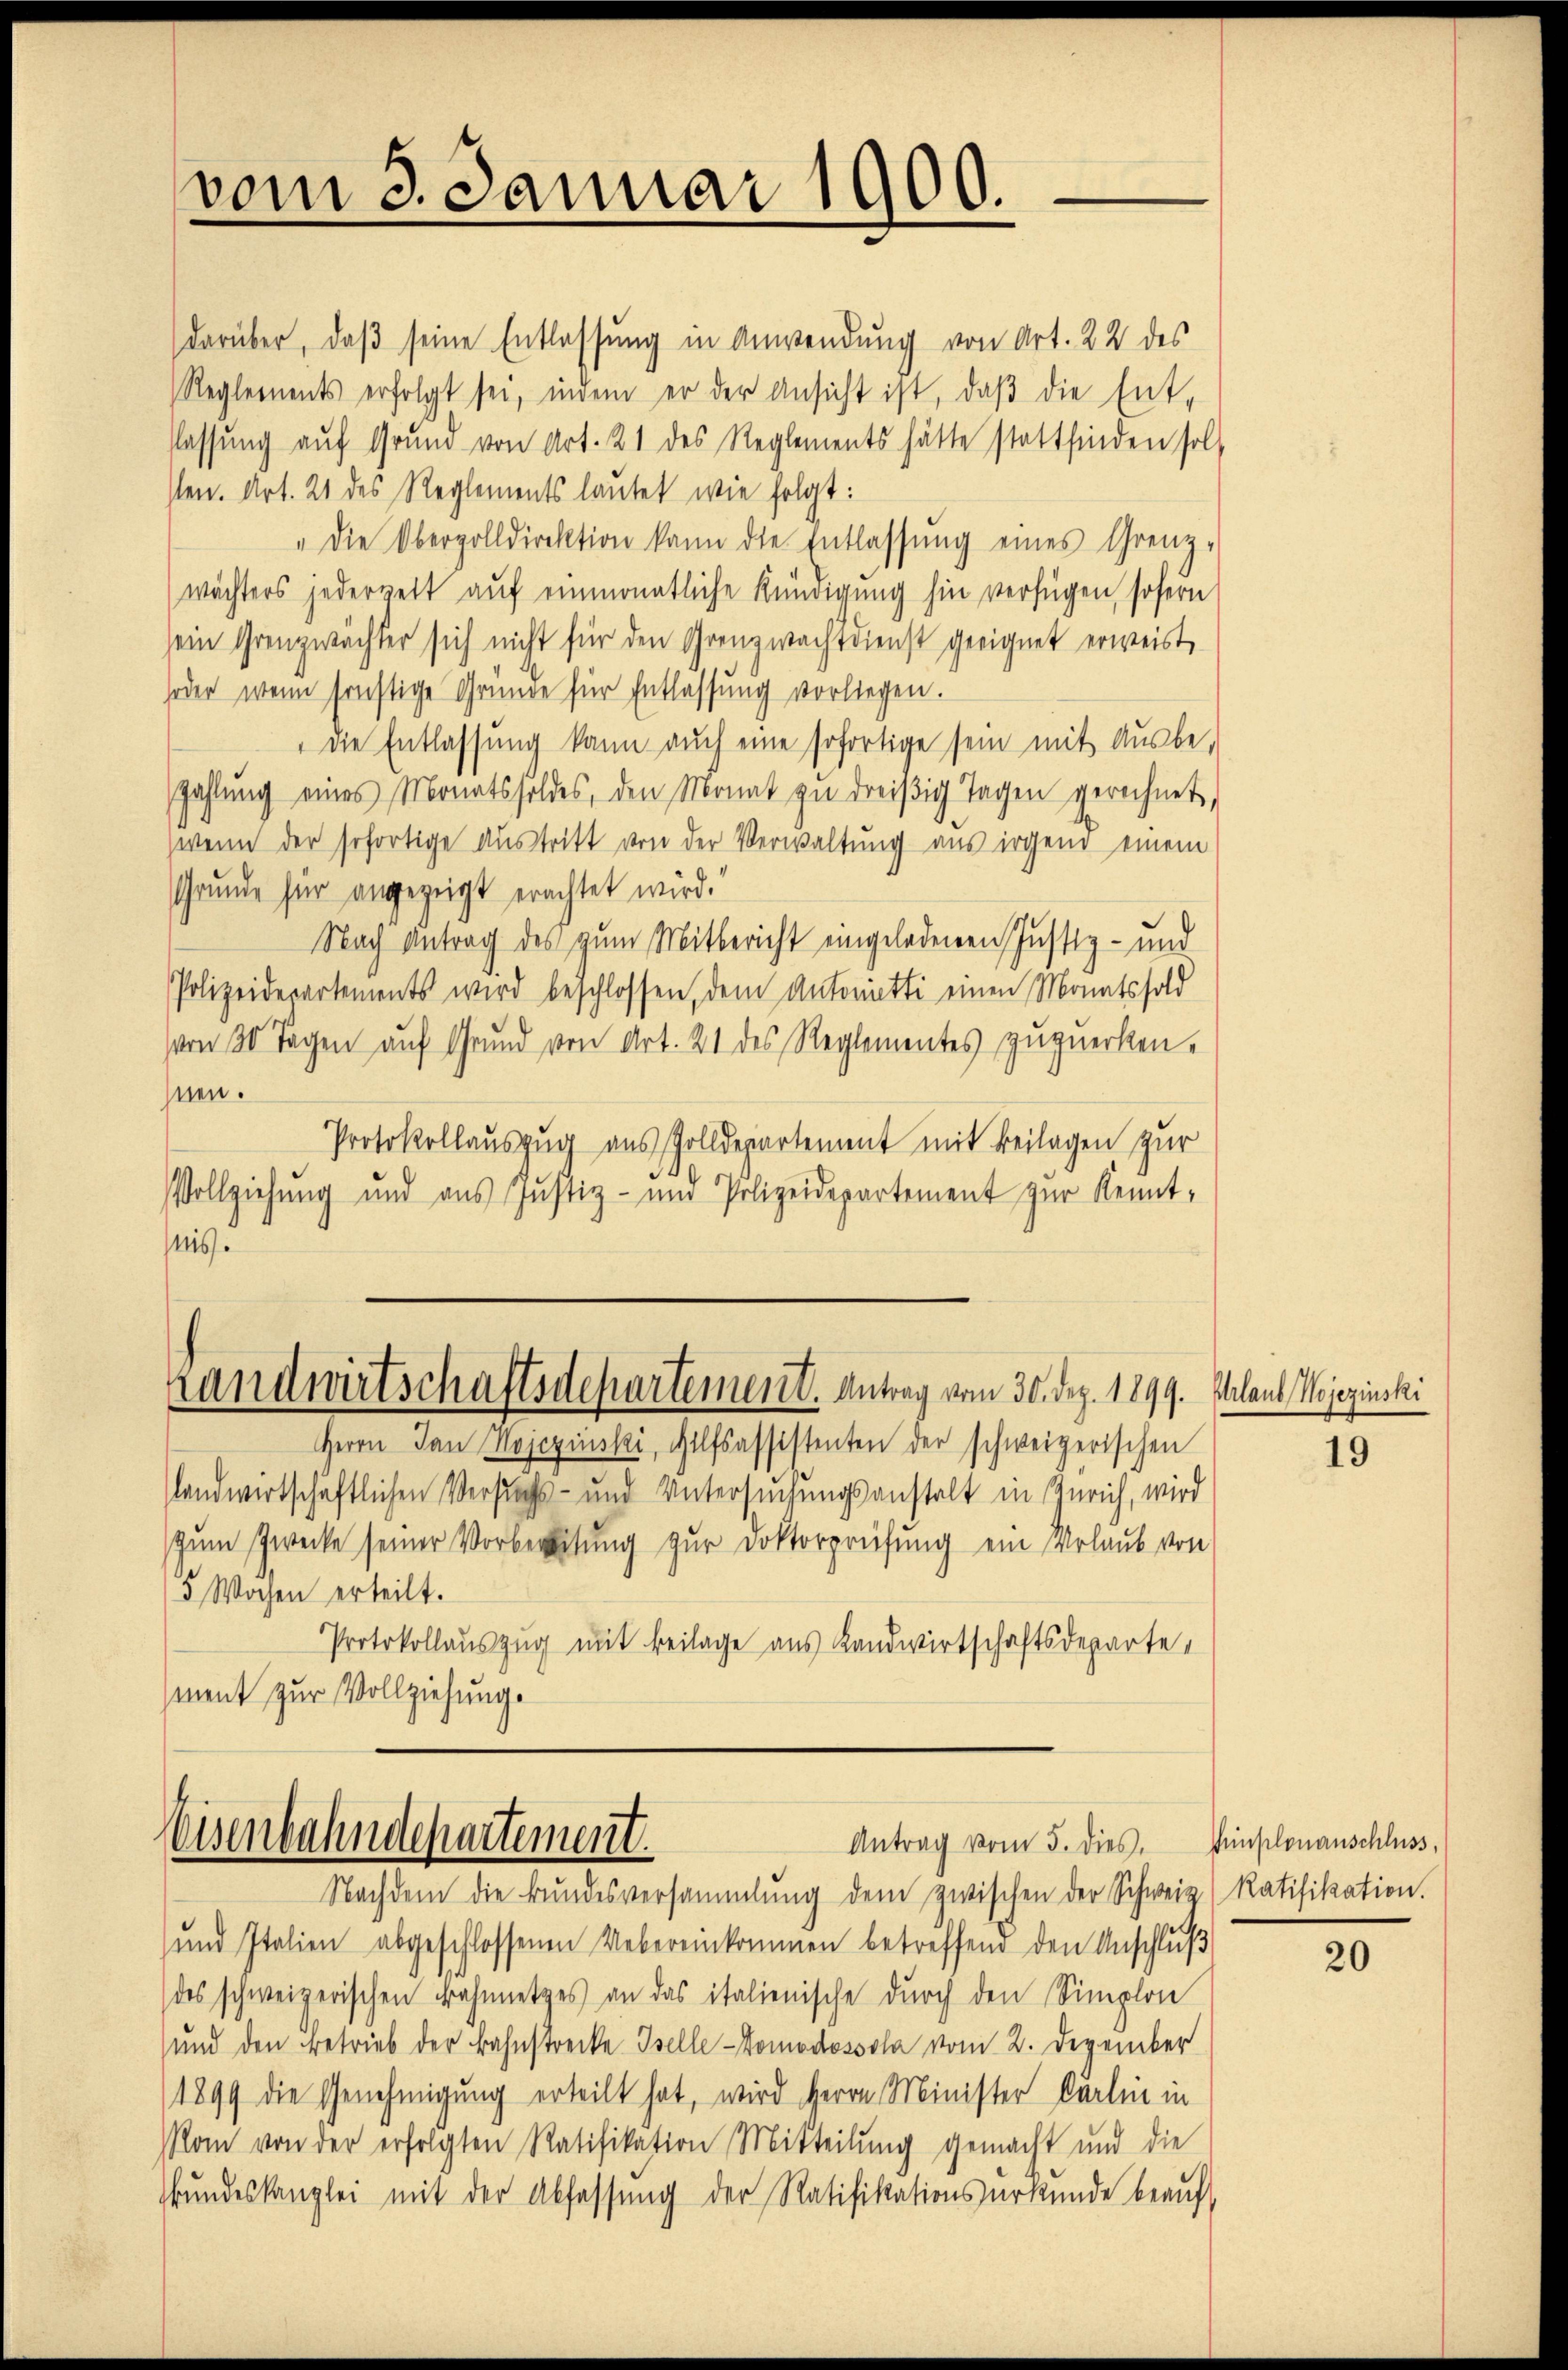
vom 3. Januar 1900.

darüber, daβ seine Entlassung in Anwendung von Art. 22 des
Reglements erfolgt sei, indem er der Ansicht ist, daβ die Ent-
flassŭng aŭf Grŭnd von Art. 21 des Reglements hätte stattfinden soll
sten. Art. 21 des Reglements lautet wie folgt:
" die Oberzolldirektion kann die Entlassŭng eines Grenz-
wächters jederwett auf einmonatliche Kündigung hin verfügen, sofern
sein Grenzwächter sich nicht für den Grenzwachtdienst geeignet erweist,
soder wenn sonstige Gründe für Entlassung vorliegen.
die Entlassung kann auch eine sofortige sein mit Ausbe-
Zahlŭng eines Monatsholdes, den Monat zŭ dreißig Tagen gerechnet,
zwenn der sofortige Austritt von der Verwaltung aus irgend einem
Grunde für angezeigt erachtet wird.“
Nach Antrag des zum Mitbericht eingeladenen Justiz- und
Polizeidepartements wird beschlossen, dem Antonitti einen Monatssold
von 30 Tagen auf Grund von Art. 21 des Reglementes zuzuerken.
hnen.
Protokollauszug aus Zolldepartement mit Beilagen zur
Vollziehung und aus Justiz- und Polizeidepartement zur Kenntais.

Landwirtschaftsdepartement. Antrag vom 30. Dez. 1899. Meland, Wojezinski

Herrn Jan Kojezinski, Hilfsassistenten der schweizerischen
landwirtschaftlichen Versuchs- und Untersuchungsanstalt in Zürich, wird
zum Zwecke seiner Vorbereitung zur Doktorprüfung ein Urlaub von
5 Wochen erteilt.
Protokollauszug mit Beilage aus Landwirtschaftsdeparte,
ment zur Vollziehung.

Eisenbahndepartement.
Antrag vom 5. dies. Pünplonanschluss,
Nachdem die Bundesversammlung dem zwischen der Schweiz) Ratifikation.

und Italien abgeschlossenen Uebereinkommen betreffend den Anschluß
des schweizerischen Bahnnetzes an das italienische durch den Simplon
und den Betrieb der Bahnstrecke Iselle-Komodossola vom 2. Dezember
(1899 die Genehmigung erteilt hat, wird Herrn Minister Carlin in
am von der erfolgten Ratifikation Mitteilŭng gemacht und die
Bundeskanzlei mit der Abfassung der Ratifikationsurkunde beauf¬

19

20